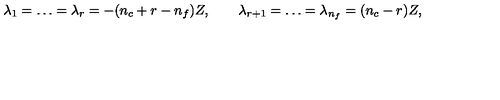
\lambda _ { 1 } = \ldots = \lambda _ { r } = - ( n _ { c } + r - n _ { f } ) Z , \qquad \lambda _ { r + 1 } = \ldots = \lambda _ { n _ { f } } = ( n _ { c } - r ) Z ,